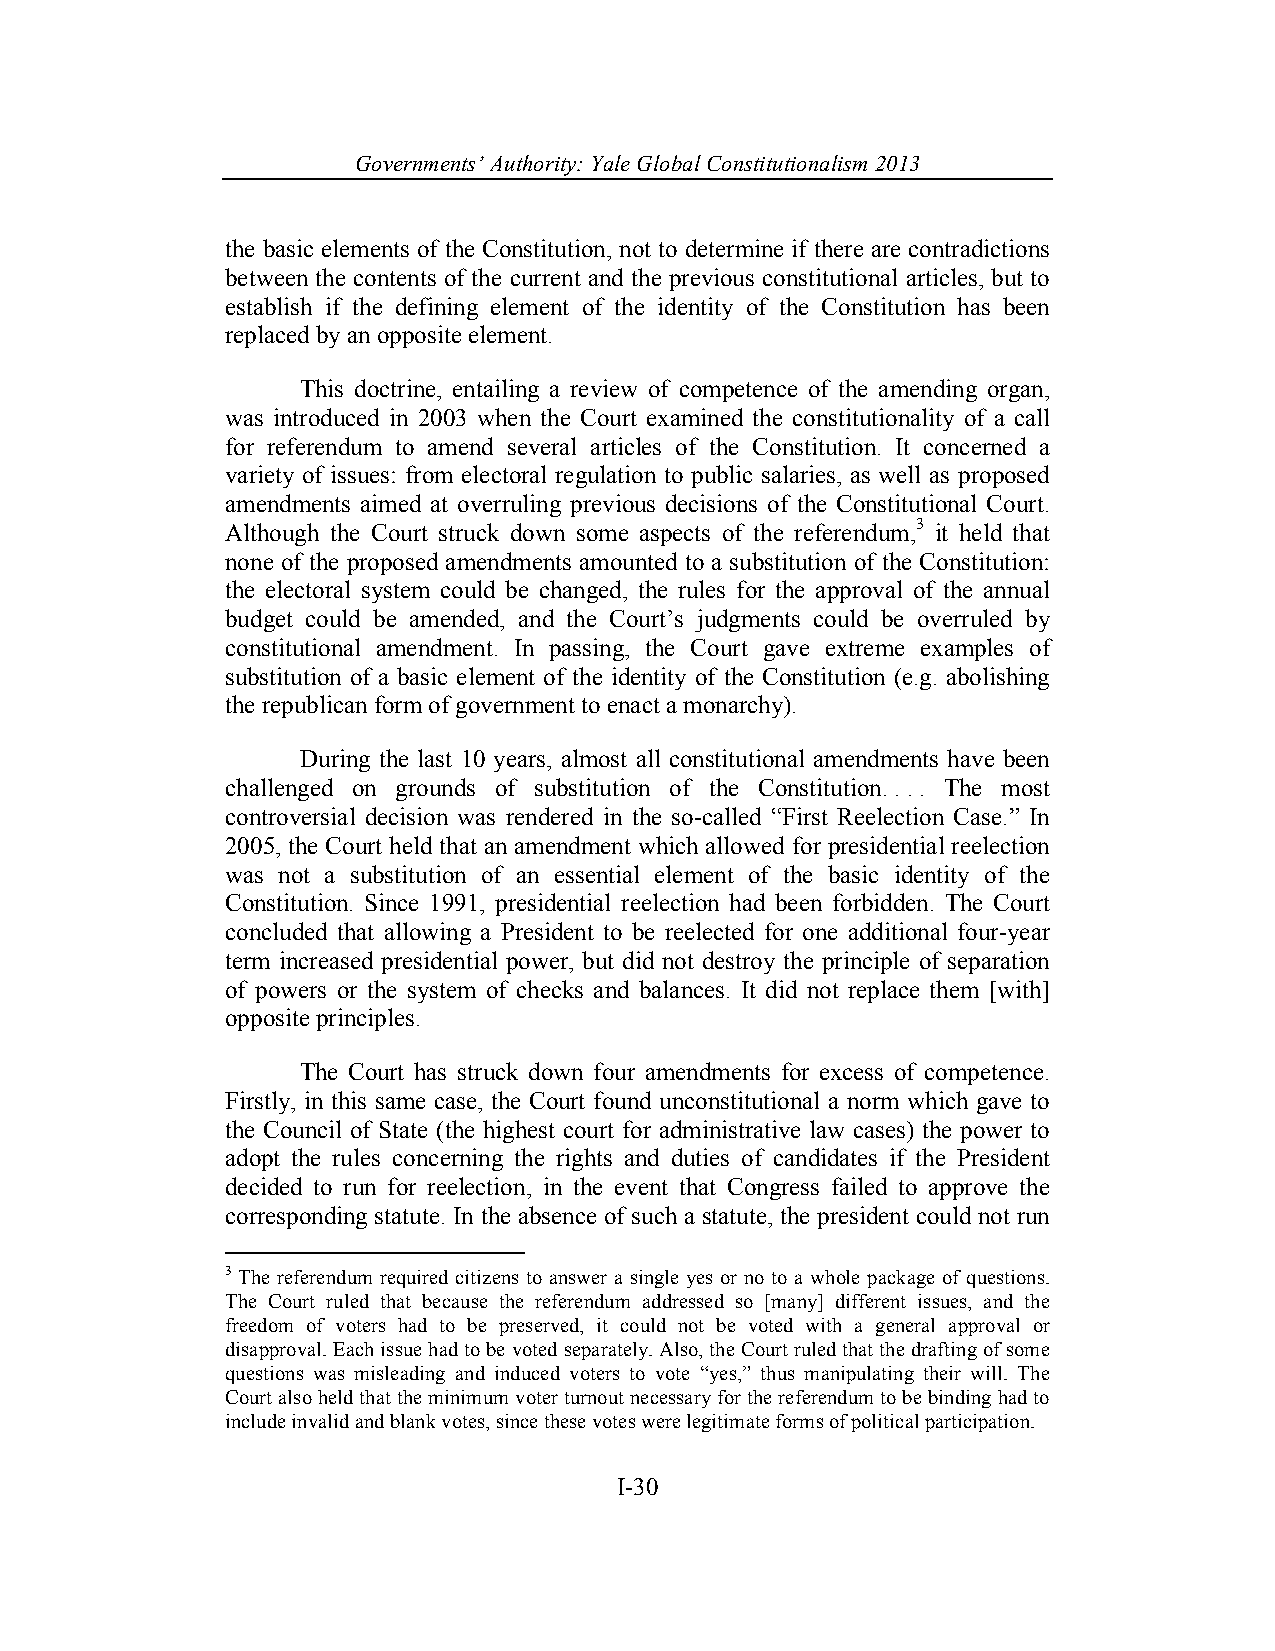
Governments’ Authority: Yale Global Constitutionalism 2013
 the basic elements of the Constitution, not to determine if there are contradictions
 between the contents of the current and the previous constitutional articles, but to
 establish if the defining element of the identity of the Constitution has been
 replaced by an opposite element.
 This doctrine, entailing a review of competence of the amending organ,
 was introduced in 2003 when the Court examined the constitutionality of a call
 for referendum to amend several articles of the Constitution. It concerned a
 variety of issues: from electoral regulation to public salaries, as well as proposed
 amendments aimed at overruling previous decisions of the Constitutional Court.
 Although the Court struck down some aspects of the referendum,3 it held that
 none of the proposed amendments amounted to a substitution of the Constitution:
 the electoral system could be changed, the rules for the approval of the annual
 budget could be amended, and the Court’s judgments could be overruled by
 constitutional amendment. In passing, the Court gave extreme examples of
 substitution of a basic element of the identity of the Constitution (e.g. abolishing
 the republican form of government to enact a monarchy).
 During the last 10 years, almost all constitutional amendments have been
 challenged on grounds of substitution of the Constitution. . . . The most
 controversial decision was rendered in the so-called “First Reelection Case.” In
 2005, the Court held that an amendment which allowed for presidential reelection
 was not a substitution of an essential element of the basic identity of the
 Constitution. Since 1991, presidential reelection had been forbidden. The Court
 concluded that allowing a President to be reelected for one additional four-year
 term increased presidential power, but did not destroy the principle of separation
 of powers or the system of checks and balances. It did not replace them [with]
 opposite principles.
 The Court has struck down four amendments for excess of competence.
 Firstly, in this same case, the Court found unconstitutional a norm which gave to
 the Council of State (the highest court for administrative law cases) the power to
 adopt the rules concerning the rights and duties of candidates if the President
 decided to run for reelection, in the event that Congress failed to approve the
 corresponding statute. In the absence of such a statute, the president could not run
 3 The referendum required citizens to answer a single yes or no to a whole package of questions.
 The Court ruled that because the referendum addressed so [many] different issues, and the
 freedom of voters had to be preserved, it could not be voted with a general approval or
 disapproval. Each issue had to be voted separately. Also, the Court ruled that the drafting of some
 questions was misleading and induced voters to vote “yes,” thus manipulating their will. The
 Court also held that the minimum voter turnout necessary for the referendum to be binding had to
 include invalid and blank votes, since these votes were legitimate forms of political participation.
 I-30